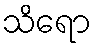
သိရော